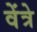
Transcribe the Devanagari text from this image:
वेंत्रे